Report on sanitation, dispensaries, and jails in Rajputana for 1911, and on vaccination for the year 1911-1912 - 1911-1912
Year: 1911
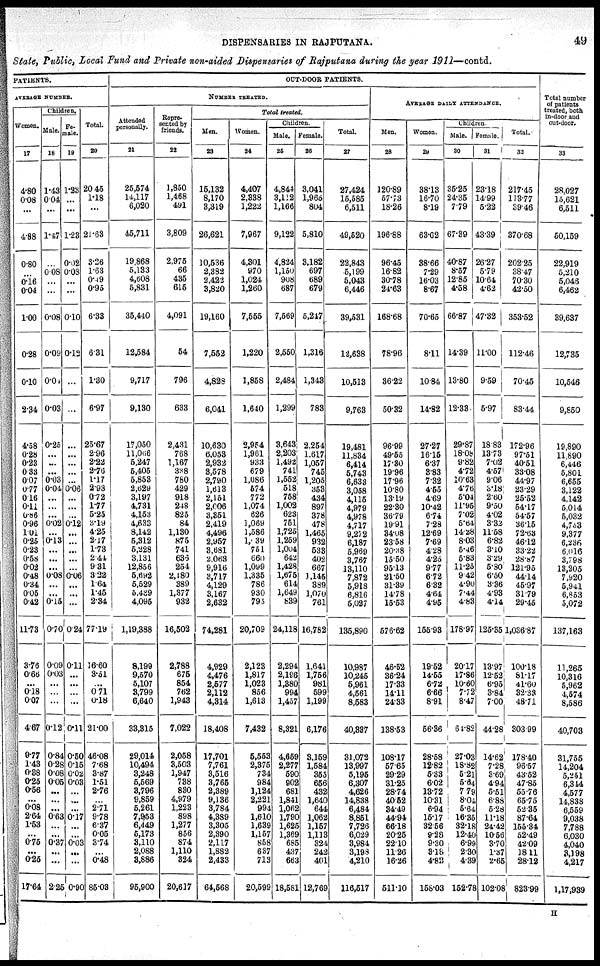
DISPENSARIES IN RAJPUTANA.
49
State, Public, Local Fund and Private non-aided Dispensaries of Rajputana during the year 1911—contd.
PATIENTS.
AVERAGE NUMBER.
Women.
17
4.80
0.08
...
4.88
0.80
...
0.16
0.04
1.00
0.28
0.10
2.34
4.58
0.28
0.23
0.33
0.07
0.77
0.16
0.11
0.86
0.96
1.01
0.25
0.23
0.58
0.02
0.48
0.34
0.05
0.42
11.73
3.76
0.66
...
0.18
0.07
4.67
9.77
1.43
0.38
0.25
0.56
...
0.08
2.64
1.53
...
0.75
...
0.25
17.64
Children.
Male.
18
1.43
0.04
...
1.47
...
0.08
...
...
0.08
0.09
0.04
0.03
0.25
...
...
...
0.03
0.04
...
...
...
0.02
...
0.13
...
...
...
0.08
...
...
0.15
0.70
0.09
0.03
...
...
...
0.12
0.84
0.28
0.08
0.05
...
...
...
0.63
...
...
0.35
...
...
2.25
Fe-
male.
19
1.23
...
...
1.23
0.02
0.08
...
...
0.10
0.12
...
...
...
...
...
...
...
0.06
...
...
...
0.12
...
...
...
...
...
0.06
...
...
...
0.24
0.11
...
...
...
...
0.11
0.50
0.15
0.02
0.03
...
...
...
0.17
...
...
0.02
...
...
0.90
Total.
20
20.45
1.18
...
21.63
3.26
1.63
0.49
0.95
6.33
6.31
1.30
6.97
25.67
2.96
2.22
2.70
1.17
2.93
0.72
1.77
5.25
3.19
4.25
2.17
1.73
2.44
9.31
3.22
1.64
1.45
2.34
77.19
16.60
3.51
...
0.71
0.18
21.00
46.08
7.68
3.87
1.51
2.76
...
2.71
9.78
6.37
0.05
3.74
...
0.48
85.03
OUT-DOOR PATIENTS.
NUMBER TREATED.
Attended
personally.
21
25,574
14,117
6,020
45,711
19,868
5,133
4,608
5,831
35,440
12,584
9,717
9,130
17,050
11,066
5,247
5,405
5,853
2,629
3,197
4,731
4,153
4,633
8,142
5,312
5,228
3,131
12,856
5,692
5,529
5,439
4,095
1,19,388
8,199
9,570
5,107
3,799
6,640
33,315
29,014
10,494
3,248
5,569
3,796
9,859
5,261
7,953
6,449
5,173
3,110
2,088
3,886
95,900
Repre-
sented by
friends.
22
1,850
1,468
491
3,809
2,975
66
435
615
4,091
54
796
633
2,431
768
1,167
338
780
429
918
248
825
84
1,130
875
741
636
254
2,180
389
1,377
932
16,502
2,788
675
854
762
1,943
7,022
2,058
3,503
1,947
738
830
4,979
1,223
898
1,277
856
874
1,110
324
20,617
Total treated.
Men.
23
15,132
8,170
3,319
26,621
10,536
2,382
2,422
3,820
19,160
7,552
4,828
6,041
10,630
6,053
2,932
3,578
2,790
1,613
2,151
2,006
3,351
2,419
4,496
2,957
3,681
2,063
9,916
3,717
4,129
3,167
2,632
74,281
4,929
4,476
2,577
2,112
4,314
18,408
17,701
7,761
3,516
3,765
2,389
9,136
3,784
4,389
3,305
2,390
2,117
1,882
2,433
64,568
Women.
24
4,407
2,338
1,222
7,967
4,301
970
1,024
1,260
7,555
1,220
1,858
1,640
2,954
1,961
933
679
1,086
574
772
1,074
626
1,069
1,586
1,039
751
660
1,099
1,335
786
930
795
20,709
2,123
1,817
1,023
856
1,613
7,432
5,553
2,375
734
984
1,124
2,221
994
1,610
1,639
1,157
858
637
713
20,599
Children.
Male.
25
4,844
3,112
1,166
9,122
4,824
1,150
908
687
7,569
2,550
2,484
1,299
3,643
2,203
1,492
741
1,552
518
758
1,002
623
751
1,725
1,259
1,004
642
1,428
1,675
614
1,649
839
24,118
2,294
2,196
1,380
994
1,457
8,321
4,669
2,277
590
902
681
1,841
1,062
1,790
1,625
1,369
685
437
663
18,581
Female.
26
3,041
1,965
804
5,810
3,182
697
689
679
5,247
1,316
1,343
783
2,254
1,617
1,057
745
1,205
353
434
897
378
478
1,465
932
533
402
667
1,145
389
1,070
761
16,782
1,641
1,756
981
599
1,199
6,176
3,159
1,584
355
656
432
1,640
644
1,062
1,157
1,113
324
242
401
12,769
Total.
27
27,424
15,585
6,511
49,520
22,843
5,199
5,043
6,446
39,531
12,638
10,513
9,763
19,481
11,834
6,414
5,743
6,633
3,058
4,115
4,979
4,978
4,717
9,272
6,187
5,969
3,767
13,110
7,872
5,918
6,816
5,027
135,890
10,987
10,245
5,961
4,561
8,583
40,337
31,072
13,997
5,195
6,307
4,626
14,838
6,484
8,851
7,726
6,029
3,984
3,198
4,210
116,517
AVERAGE DAILY ATTENDANCE.
Men.
28
120.89
57.73
18.26
196.88
96.45
16.82
30.78
24.63
168.68
78.96
36.22
50.32
96.99
49.55
17.30
19.96
17.96
10.80
13.19
22.30
36.79
19.91
34.08
23.58
20.38
15.50
95.13
21.50
31.39
14.78
15.53
576.62
46.52
36.24
17.33
14.11
24.33
138.53
108.17
57.65
29.29
31.25
28.74
40.62
34.49
44.94
66.18
20.25
22.10
11.26
16.26
511.10
Women.
29
38.13
16.70
8.19
63.02
38.66
7.29
16.03
8.67
70.65
8.11
10.84
14.82
27.27
16.15
6.37
3.83
7.32
4.55
4.69
10.42
6.74
7.28
12.69
7.69
4.28
4.25
9.77
6.72
6.32
4.64
4.96
155.93
19.52
14.55
6.72
6.66
8.91
66.36
28.58
12.82
5.33
6.02
13.72
10.31
6.94
15.17
32.56
9.28
9.30
3.18
4.82
158.03
Children.
Male.
30
35.25
24.35
7.79
67.39
40.87
8.57
12.85
4.58
66.87
14.39
13.80
12.33
29.87
18.08
9.82
4.72
10.63
4.76
5.04
11.95
7.02
5.64
14.28
8.03
5.46
5.83
11.25
9.42
4.90
7.44
4.83
178.97
20.17
17.86
10.60
7.72
8.47
64.82
27.03
18.82
5.21
5.64
7.79
8.04
5.64
16.35
32.18
12.40
6.99
2.30
4.39
152.78
Female.
31
23.18
14.99
5.22
43.39
26.27
5.79
10.64
4.62
47.32
11.00
9.59
5.97
18.83
13.73
7.02
4.57
9.06
3.18
2.60
9.50
4.02
3.32
11.58
6.82
3.10
3.29
5.80
6.50
3.36
4.93
4.14
125.35
13.97
12.52
6.95
3.84
7.00
44.28
14.62
7.28
3.69
4.94
5.51
6.88
5.28
11.18
24.42
10.56
3.70
1.37
2.65
102.08
Total.
32
217.45
113.77
39.46
370.68
202.25
38.47
70.30
42.50
353.52
112.46
70.45
83.44
172.96
97.51
40.51
33.08
44.97
23.29
25.52
54.17
54.57
36.15
72.63
46.12
33.22
28.87
121.95
44.14
45.97
31.79
29.45
1,036.87
100.18
81.17
41.60
32.33
48.71
303.99
178.40
96.57
43.52
47.85
55.76
65.75
52.35
87.64
155.34
52.49
42.09
18.11
28.12
823.99
Total number
of patients
treated, both
in-door and
out-door.
33
28.027
15,621
6,511
50,159
22,919
5,210
5,046
6,462
39,637
12,735
10,546
9,850
19,890
11,890
6,446
5,801
6,655
3,122
4,142
5,014
5,032
4,763
9,377
6,236
6,016
3,798
13,205
7,920
5,941
6,853
5,072
137,163
11,265
10,316
5,962
4,574
8,586
40,703
31,755
14,204
5,251
6,344
4,577
14,838
6,559
9,038
7,788
6,030
4,040
3,398
4,217
1,17,939
H